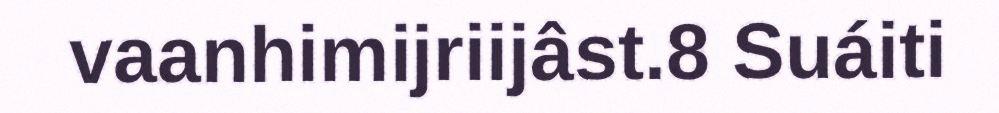
vaanhimijriijâst.8 Suáiti